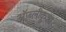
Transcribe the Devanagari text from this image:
ऑब्लीकुआ